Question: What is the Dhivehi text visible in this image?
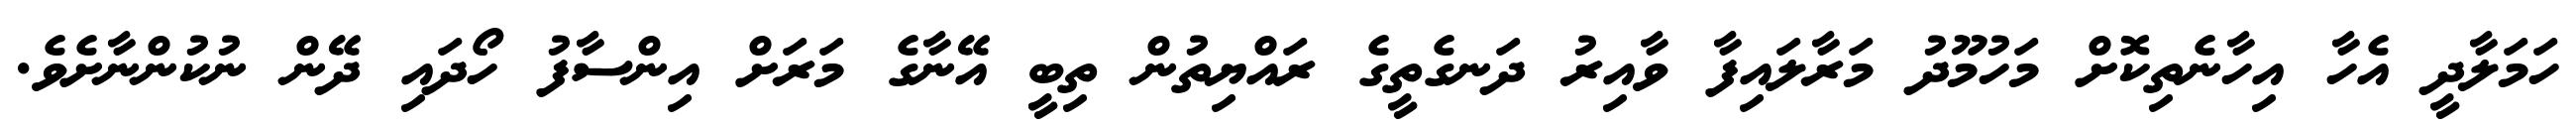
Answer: ހަމަލާދީ އެހާ އިހާނެތިކޮށް މަހުމޫދު މަރާލައިފާ ވާއިރު ދަނގެތީގެ ރައްޔިތުން ތިބީ އޭނާގެ މަރަށް އިންސާފު ހޯދައި ދޭން ނުކުންނާށެވެ.